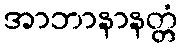
အာဘာနာနတ္တံ